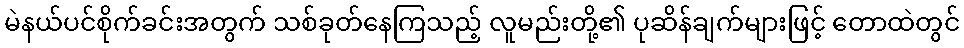
မဲနယ်ပင်စိုက်ခင်းအတွက် သစ်ခုတ်နေကြသည့် လူမည်းတို့၏ ပုဆိန်ချက်များဖြင့် တောထဲတွင်